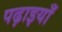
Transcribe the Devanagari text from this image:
पढ़ाइयाँ